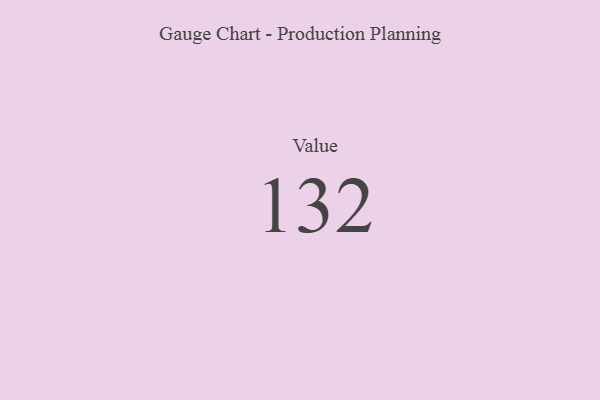
{"axis": {"x": "Metric", "y": "Value"}, "legend": [""], "data": [{"x": "Value", "y": 132, "type": ""}]}